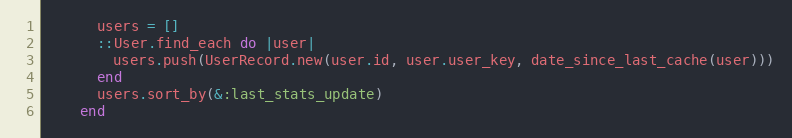
Language: Ruby
      users = []
      ::User.find_each do |user|
        users.push(UserRecord.new(user.id, user.user_key, date_since_last_cache(user)))
      end
      users.sort_by(&:last_stats_update)
    end